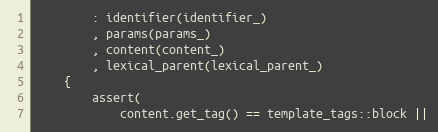
Language: C++
        : identifier(identifier_)
        , params(params_)
        , content(content_)
        , lexical_parent(lexical_parent_)
    {
        assert(
            content.get_tag() == template_tags::block ||